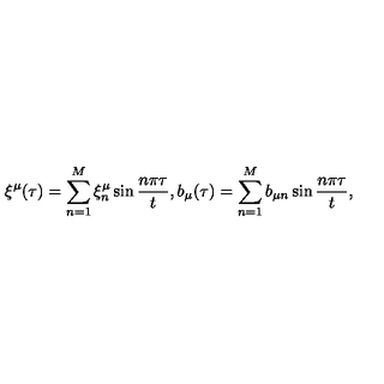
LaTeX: \xi ^ { \mu } ( \tau ) = \sum _ { n = 1 } ^ { M } \xi _ { n } ^ { \mu } \sin \frac { n \pi \tau } { t } , b _ { \mu } ( \tau ) = \sum _ { n = 1 } ^ { M } b _ { \mu n } \sin \frac { n \pi \tau } { t } ,